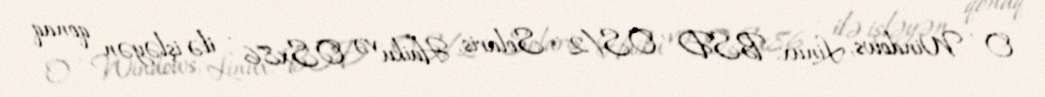
O , Windows, Linux, BSD , OS/2 , Solaris, Haiku və OSx86 , ilə işləyən qonaq